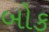
બોક